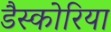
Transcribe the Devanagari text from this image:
डैस्कोरिया